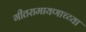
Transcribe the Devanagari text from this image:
गीतरामायणाच्य्या